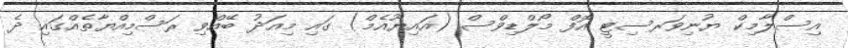
އިސްލާމިކް ޔުނިވަރސިޓީ އޮފް މޯލްޑިވްސް (އައިޔޫއެމް) ގައި މިއަދު ބޭއްވި ރަސްމިއްޔާތެއްގައި ދެ